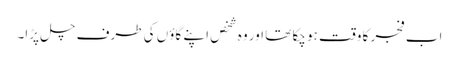
اب فجر کا وقت ہو چکا تھا اور وہ شخص اپنے گاؤں کی طرف چل پڑا۔